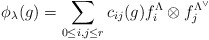
\begin{align*}\phi_\lambda(g)=\sum_{0\leq i, j\leq r}c_{ij}(g)f^\Lambda_i\otimes f^{\Lambda^\vee}_j\end{align*}